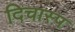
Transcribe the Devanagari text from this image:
दिचास्प